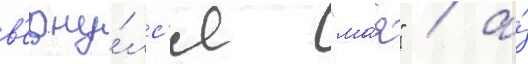
в'ерну́лс'я "ма́я" / а́